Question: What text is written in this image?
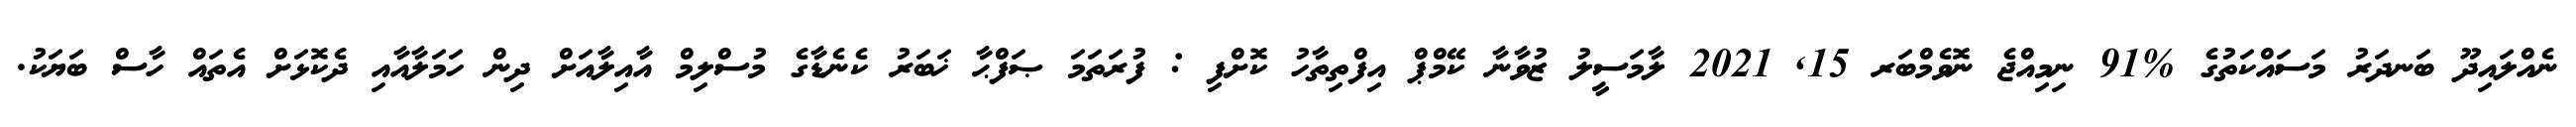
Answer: ނެއްލައިދޫ ބަނދަރު މަސައްކަތުގެ %91 ނިމިއްޖެ ނޮވެމްބަރ 15, 2021 ލާމަސީލު ޒުވާނާ ކޭމްޕް އިފްތިތާހު ކޮށްފި : ފުރަތަމަ ޞަފްޙާ ޚަބަރު ކެނެޑާގެ މުސްލިމް އާއިލާއަށް ދިން ހަމަލާއާއި ދެކޮޅަށް އެތައް ހާސް ބަޔަކު.